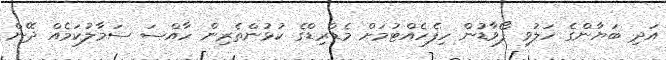
އަދި ބަޔާންގެ ހަލުވި ފޯވާޑުން ހިފެހެއްޓުމަށް މެޑްރިޑްގެ ކުޅުންތެރިން ހާއްސަ ސަމާލުކަމެއް ދޭން